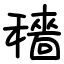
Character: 穡